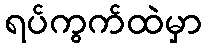
ရပ်ကွက်ထဲမှာ